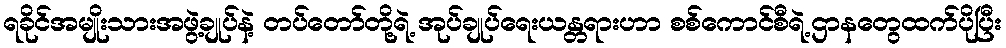
ရခိုင်အမျိုးသားအဖွဲ့ချုပ်နဲ့ တပ်တော်တို့ရဲ့ အုပ်ချုပ်ရေးယန္တရားဟာ စစ်ကောင်စီရဲ့ဌာနတွေထက်ပိုပြီး